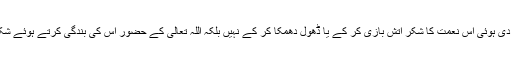
آئے ہم عہد کرتے ہیں کہ اللہ تعالی کی دی ہوئی اس نعمت کا شکر آتش بازی کر کے یا ڈھول دھمکا کر کے نہیں بلکہ اللہ تعالی کے حضور اس کی بندگی کرتے ہوئے شکرانے کے نوافل ادا کر کے کرتے ہیں۔